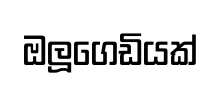
ඔලූගෙඩියක්